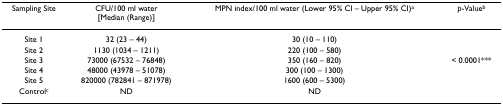
| Sampling Site | CFU/100 ml water[Median (Range)] | MPN index/100 ml water (Lower 95% CI – Upper 95% CI)a | p-Valueb |
 | --- | --- | --- | --- |
 | Site 1 | 32 (23 – 44) | 30 (10 – 110) |  |
 | Site 2 | 1130 (1034 – 1211) | 220 (100 – 580) |  |
 | Site 3 | 73000 (67532 – 76848) | 350 (160 – 820) | < 0.0001*** |
 | Site 4 | 48000 (43978 – 51078) | 300 (100 – 1300) |  |
 | Site 5 | 820000 (782841 – 871978) | 1600 (600 – 5300) |  |
 | Controlc | ND | ND |  |